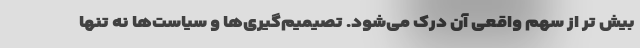
بیش تر از سهم واقعی آن درک می‌شود. تصیمیم‌گیری‌ها و سیاست‌ها نه تنها